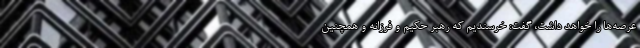
عرصه‌ها را خواهد داشت، گفت: خرسندیم که رهبر حکیم و فرزانه و همچنین